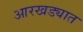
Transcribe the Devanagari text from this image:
आरखड्यात